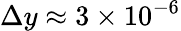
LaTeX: \Delta y\approx 3\times 10^{-6}